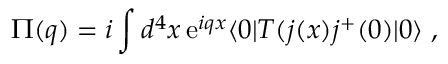
\Pi ( q ) = i \int d ^ { 4 } x \, \mathrm { e } ^ { i q x } \langle 0 | T ( j ( x ) j ^ { + } ( 0 ) | 0 \rangle \; ,